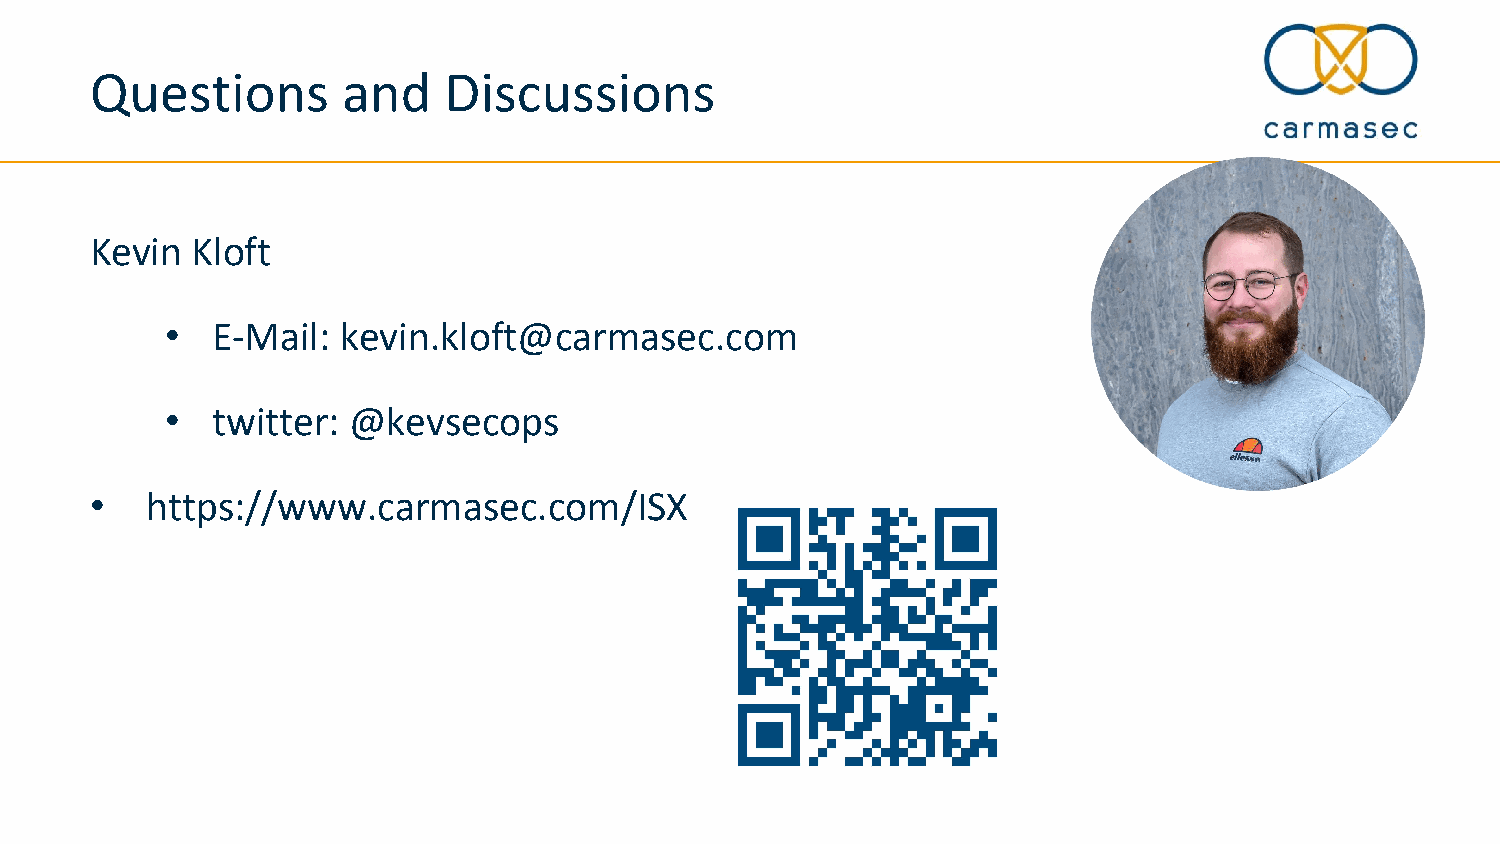
Questions        and   Discussions
 Kevin  Kloft
 •  E-Mail: kevin.kloft@carmasec.com
 •  twitter: @kevsecops
 •   https://www.carmasec.com/ISX